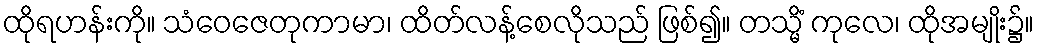
ထိုရဟန်းကို။ သံဝေဇေတုကာမာ၊ ထိတ်လန့်စေလိုသည် ဖြစ်၍။ တသ္မိံ ကုလေ၊ ထိုအမျိုး၌။